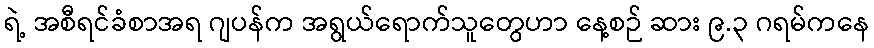
ရဲ့ အစီရင်ခံစာအရ ဂျပန်က အရွယ်ရောက်သူတွေဟာ နေ့စဉ် ဆား ၉.၃ ဂရမ်ကနေ